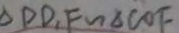
\Delta P D , F \sim \Delta C O F